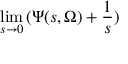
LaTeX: \operatorname * { l i m } _ { s \rightarrow 0 } \, ( \Psi ( s , \Omega ) + \frac { 1 } { s } )